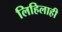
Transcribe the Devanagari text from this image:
लिहिलाही